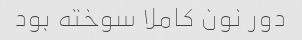
دور نون کاملا سوخته بود